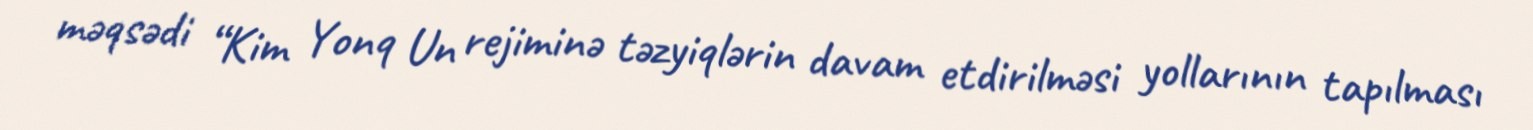
məqsədi “Kim Yonq Un rejiminə təzyiqlərin davam etdirilməsi yollarının tapılması